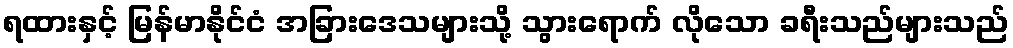
ရထားနှင့် မြန်မာနိုင်ငံ အခြားဒေသများသို့ သွားရောက် လိုသော ခရီးသည်များသည်